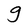
Character: g